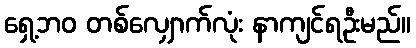
ရှေ့ဘဝ တစ်လျှောက်လုံး နာကျင်ရဦးမည်။